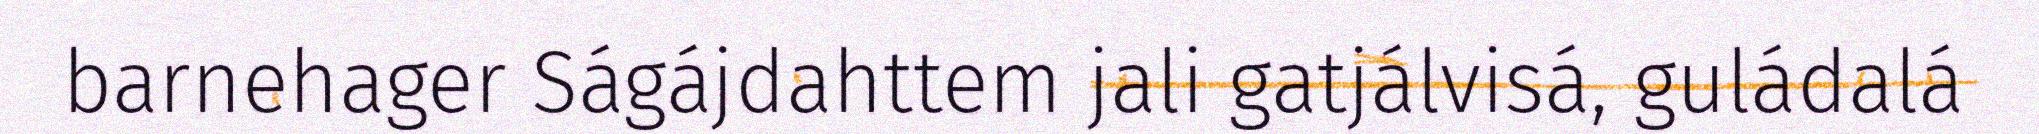
barnehager Ságájdahttem jali gatjálvisá, guládalá